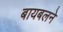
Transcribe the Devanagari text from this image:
बायबलने